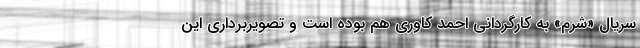
سریال «شرم» به کارگردانی احمد کاوری هم بوده است و تصویربرداری‌ این